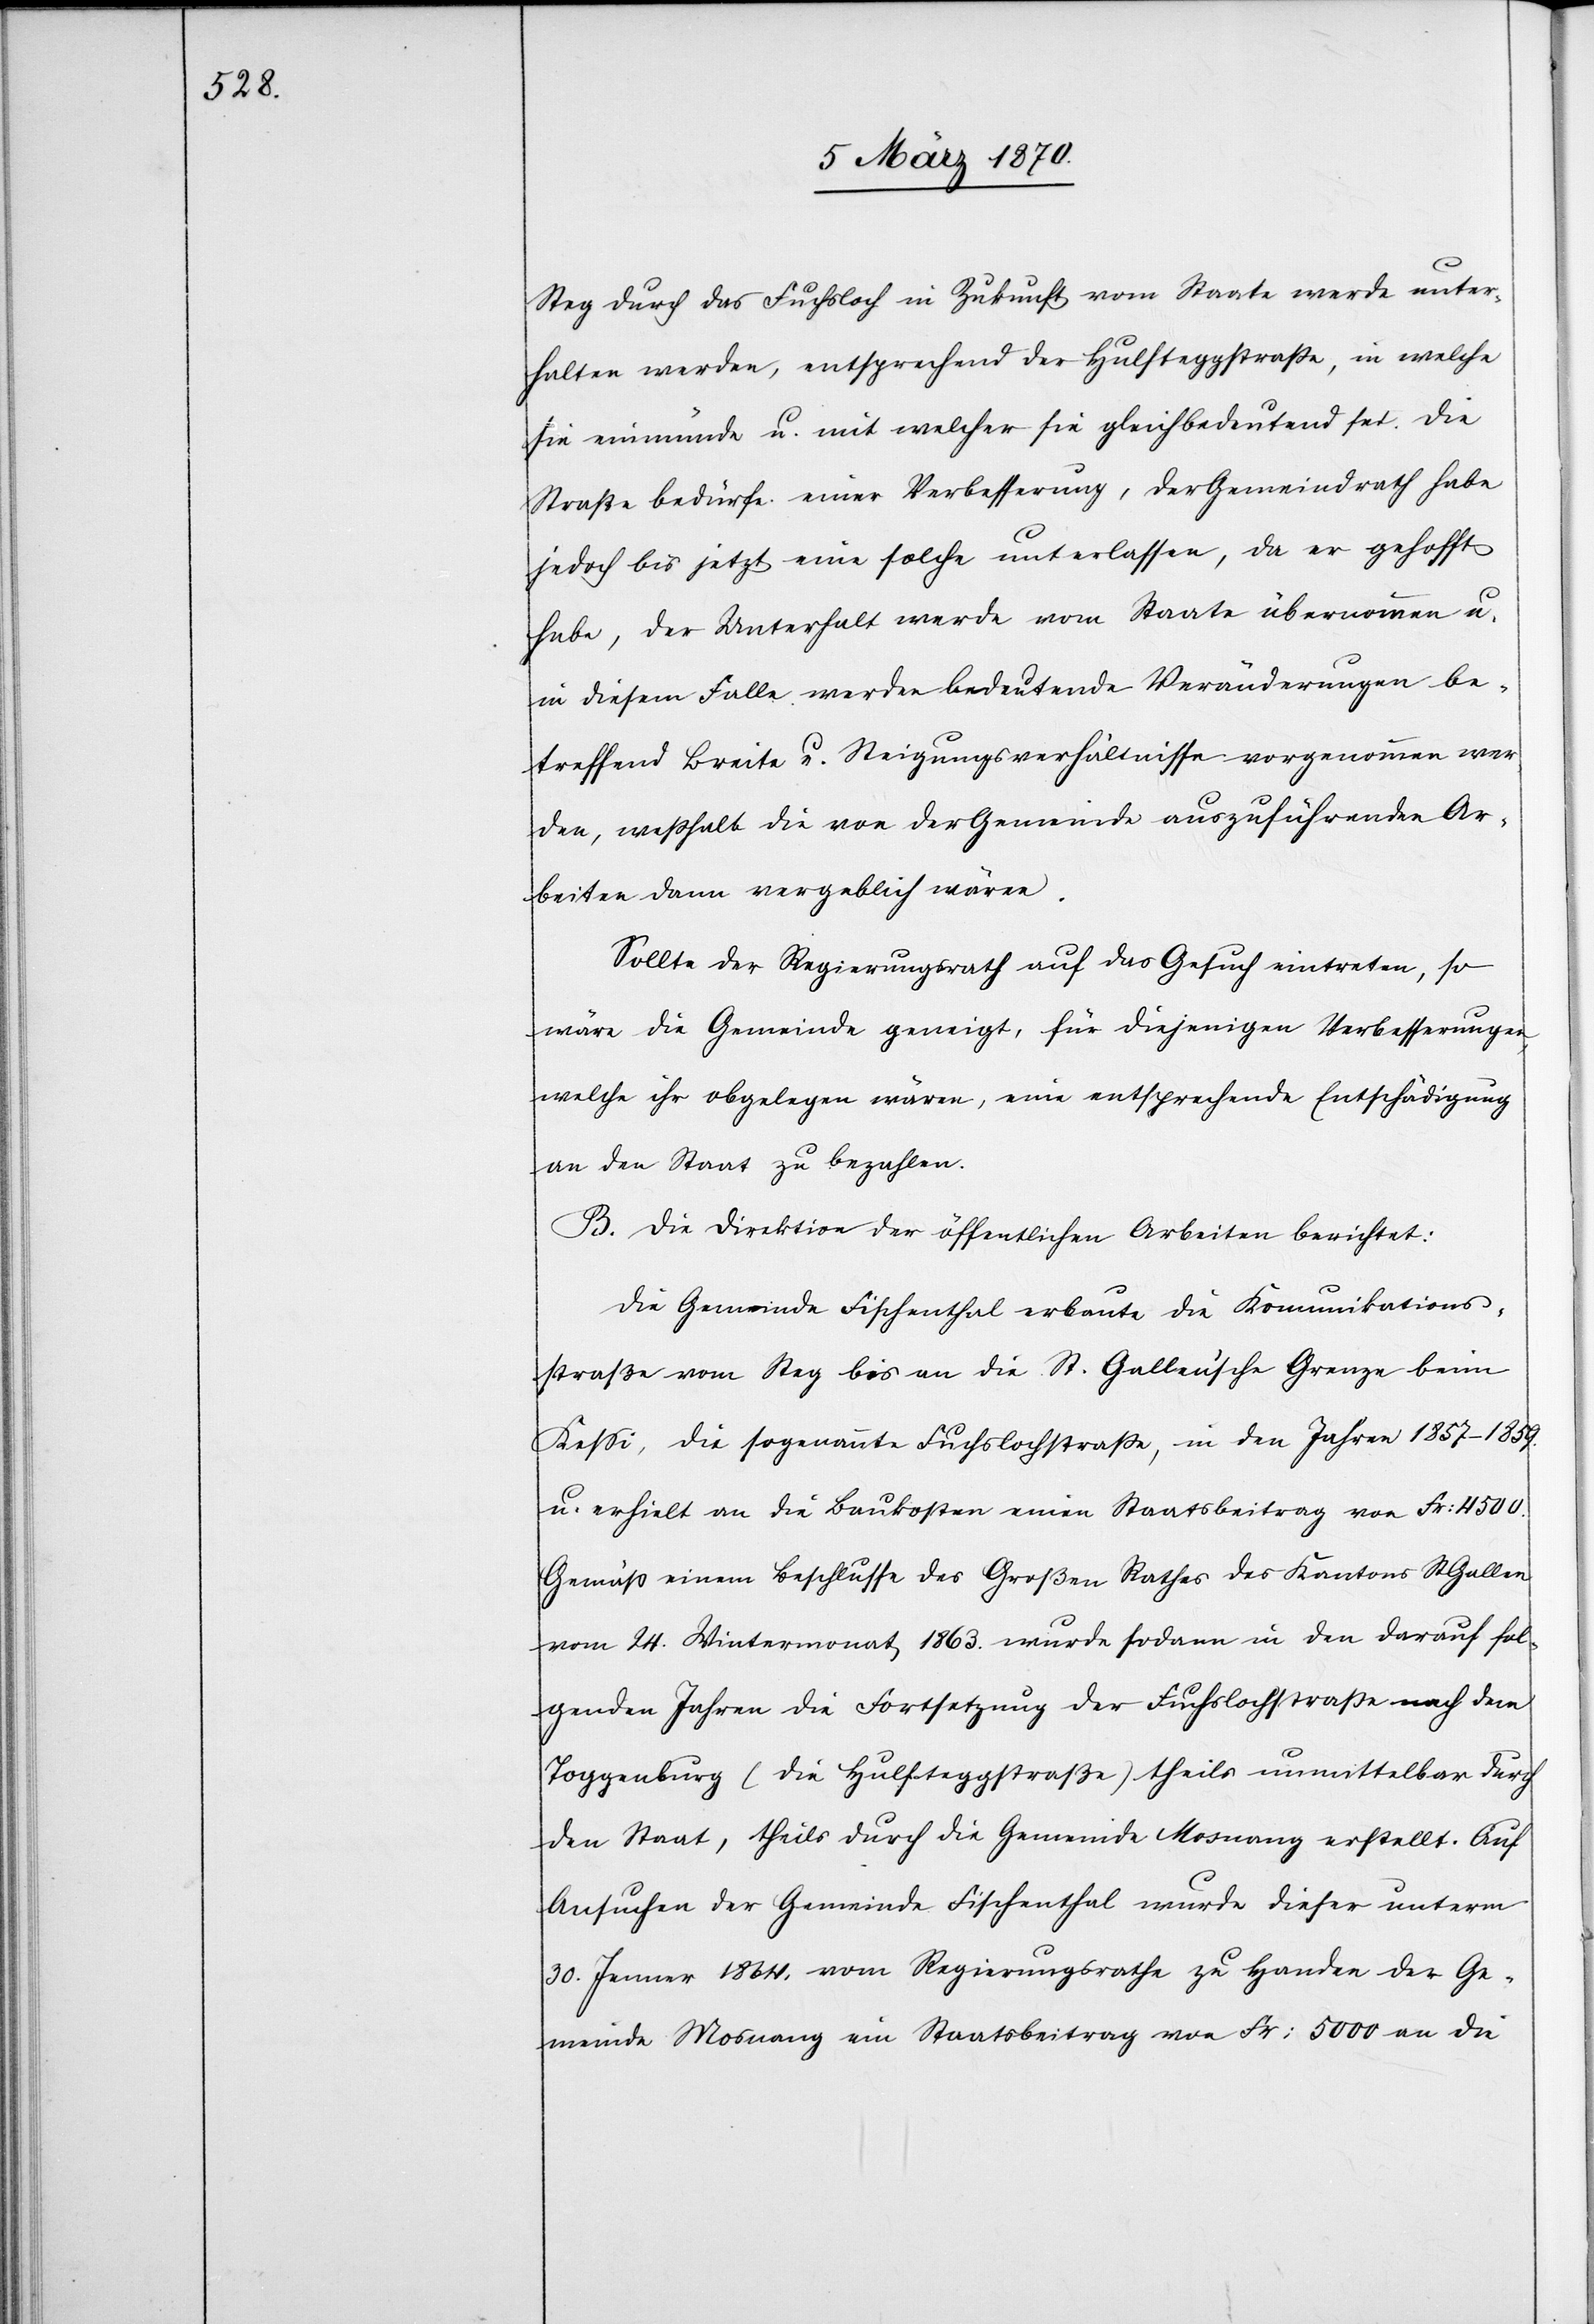
Steg durch das Fuchsloch in Zukunft vom Staate werde unter¬
halten werden, entsprechend der Hulfteggstraße , in welche
sie einmünde u. mit welcher sie gleichbedeutend sei. Die
Straße bedürfe einer Verbesserung, der Gemeindrath habe
jedoch bis jetzt eine solche unterlassen, da er gehofft
habe, der Unterhalt werde vom Staate übernommen u.
in diesem Falle werden bedeutende Veränderungen be¬
treffend Breite u. Steigungsverhältnisse vorgenommen wer¬
den, weßhalb die von der Gemeinde auszuführenden Ar¬
beiten dann vergeblich wären.
Sollte der Regierungsrath auf das Gesuch eintreten, so
wäre die Gemeinde geneigt, für diejenigen Verbesserungen,
welche ihr obgelegen wären, eine entsprechende Entschädigung
an den Staat zu bezahlen.
B. Die Direktion der öffentlichen Arbeiten berichtet:
Die Gemeinde Fischenthal erbaute die Komunikations¬
straße vom Steg bis an die St. Gallen’sche Grenze beim
Kessi, die sogenannte Fuchslochstraße, in den Jahren 1857–1859.
u. erhielt an die Baukosten einen Staatsbeitrag von Fr: 4500.
Gemäß einem Beschlusse des Großen Rathes des Kantons St. Gallen
vom 24. Wintermonat 1863. wurde sodann in den darauf fol¬
genden Jahren die Fortsetzung der Fuchslochstraße nach dem
Toggenburg (die Hulfteggstraße) theils unmittelbar durch
den Staat, theils durch die Gemeinde Mosnang erstellt. Auf
Ansuchen der Gemeinde Fischenthal wurde dieser unterm
30. Jenner 1864. vom Regierungsrathe zu Handen der Ge¬
meinde Mosnang ein Staatsbeitrag von Fr: 5000 an die